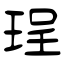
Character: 珵